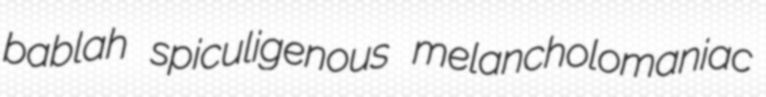
bablah spiculigenous melancholomaniac